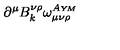
\partial ^ { \mu } B _ { k } ^ { \nu \rho } \omega _ { \mu \nu \rho } ^ { A \scriptscriptstyle { Y \! M } }